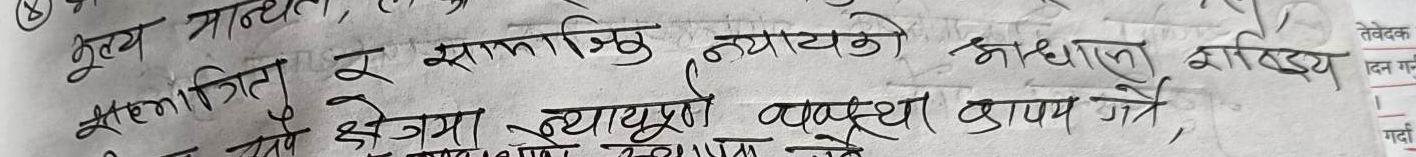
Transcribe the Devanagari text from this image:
मूल्य मान्यता र सामाजिक न्यायको आधारमा साहित्यको क्षेत्रमा व्याख्या विश्लेषण कायम गर्ने,